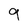
Character: g